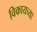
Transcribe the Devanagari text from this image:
विकायच्या